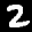
Label: 2